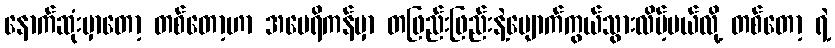
နောက်ဆုံးမှာတော့ တစ်တော့ဟာ အမေရိကန်မှာ တဖြည်းဖြည်းနဲ့ပျောက်ကွယ်သွားလိမ့်မယ်လို့ တစ်တော့ ရဲ့